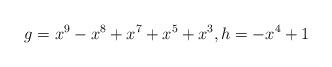
LaTeX: \begin{align*} g= x^9 - x^8 + x^7 + x^5 + x^3, h= -x^4 + 1\end{align*}